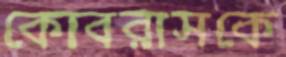
কোবরাসকে